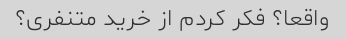
واقعا؟ فکر کردم از خرید متنفری؟